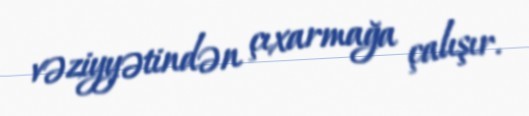
vəziyyətindən çıxarmağa çalışır.